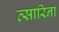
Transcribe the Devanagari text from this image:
त्सारिना